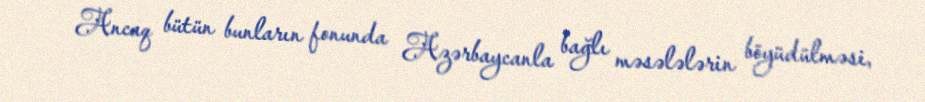
Ancaq bütün bunların fonunda Azərbaycanla bağlı məsələlərin böyüdülməsi,